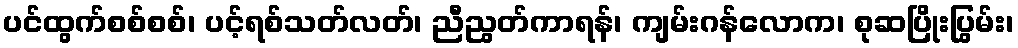
ပင်ထွက်စစ်စစ်၊ ပင့်ရစ်သတ်လတ်၊ ညီညွတ်ကာရန်၊ ကျမ်းဂန်လောက၊ စုဆပြိုးပြွမ်း၊